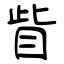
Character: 眥